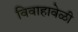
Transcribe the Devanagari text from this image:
विवाहावेळी